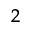
^ 2